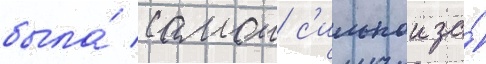
была́ самои с'ильнои за́